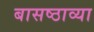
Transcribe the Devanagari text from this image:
बासष्ठाव्या